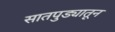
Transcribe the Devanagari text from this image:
सातपुड्यातून